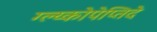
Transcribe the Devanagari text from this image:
ग्ल्य्कोपेप्तिदे